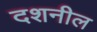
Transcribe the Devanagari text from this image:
दशनील